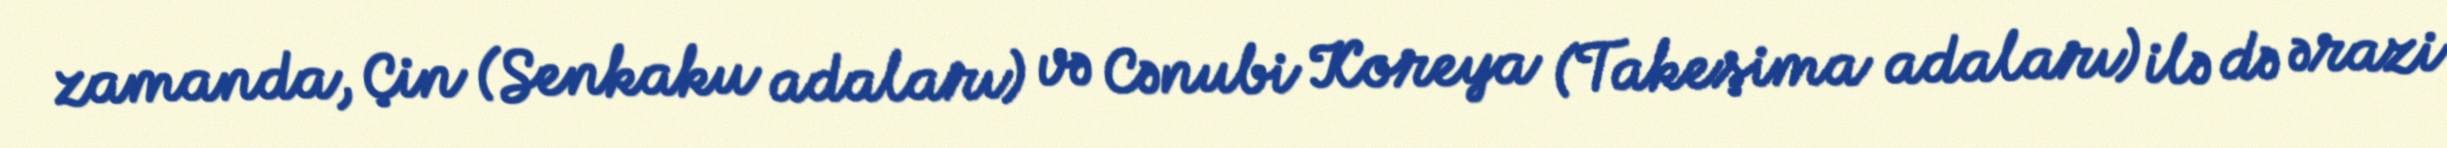
zamanda, Çin (Senkaku adaları) və Cənubi Koreya (Takeşima adaları) ilə də ərazi